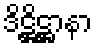
ဒိဋ္ဌိဋ္ဌာနာ